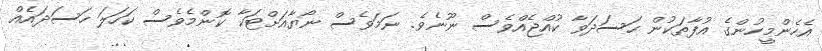
އެހެންމީހުންގެ އުފާތަކުން ހަސަދަވާ ކުއްޖެއްވެސް ނޫނެވެ. ނަމަވެސް ނޯޔާއަށްޓަކާ ކޮންމެވެސް ކަހަލަ ހަސަދައެއް